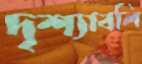
দৃশ্যাবলি